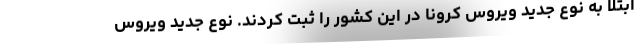
ابتلا به نوع جدید ویروس کرونا در این کشور را ثبت کردند. نوع جدید ویروس